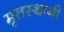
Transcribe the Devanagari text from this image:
मृतस्थानी